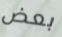
بعض